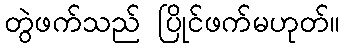
တွဲဖက်သည် ပြိုင်ဖက်မဟုတ်။